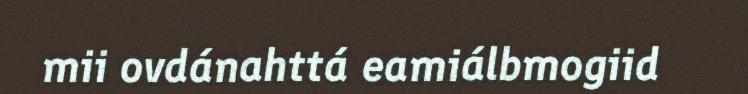
mii ovdánahttá eamiálbmogiid